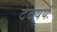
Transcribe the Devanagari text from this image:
देवषर्यः